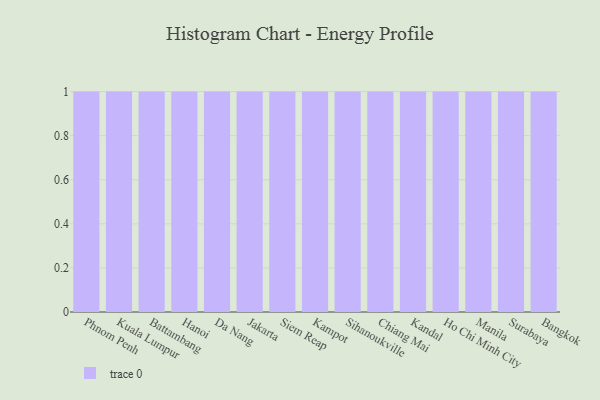
{"axis": {"x": "City", "y": "Latency (ms)"}, "legend": [""], "data": [{"x": "Phnom Penh", "y": 41, "type": ""}, {"x": "Kuala Lumpur", "y": 42, "type": ""}, {"x": "Battambang", "y": 98, "type": ""}, {"x": "Hanoi", "y": 71, "type": ""}, {"x": "Da Nang", "y": 75, "type": ""}, {"x": "Jakarta", "y": 18, "type": ""}, {"x": "Siem Reap", "y": 79, "type": ""}, {"x": "Kampot", "y": 56, "type": ""}, {"x": "Sihanoukville", "y": 10, "type": ""}, {"x": "Chiang Mai", "y": 95, "type": ""}, {"x": "Kandal", "y": 55, "type": ""}, {"x": "Ho Chi Minh City", "y": 18, "type": ""}, {"x": "Manila", "y": 41, "type": ""}, {"x": "Surabaya", "y": 3, "type": ""}, {"x": "Bangkok", "y": 83, "type": ""}]}